Problem: 48 + 8 = ?
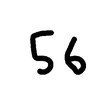
Handwritten answer: 56